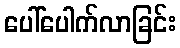
ပေါ်ပေါက်လာခြင်း